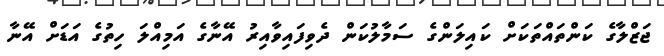
ޖަޒްލާގެ ކަންތައްތަކަށް ކައިލަންގެ ސަމާލުކަން ދެވިފައިވާއިރު އޭނާގެ އަމިއްލަ ހިތުގެ އަޑަށް އޭނާ